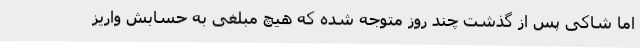
اما شاکی پس از گذشت چند روز متوجه شده که هیچ مبلغی به حسابش واریز